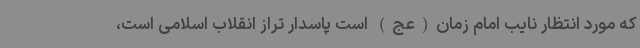
که مورد انتظار نایب امام زمان(عج) است پاسدار تراز انقلاب اسلامی است،